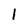
Character: 1